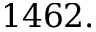
1 4 6 2 .